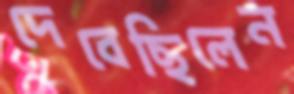
দেবেছিলেন